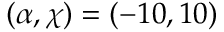
( \alpha , \chi ) = ( - 1 0 , 1 0 )